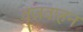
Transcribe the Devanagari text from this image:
वृजवाहन